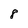
Character: 8